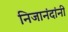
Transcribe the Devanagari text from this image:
निजानंदांनी